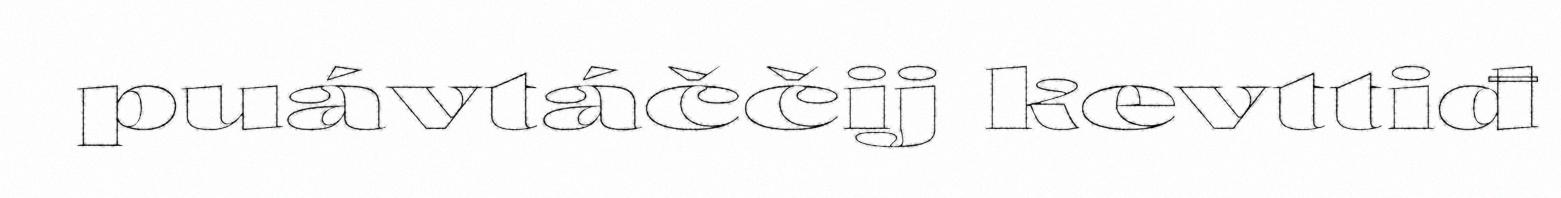
puávtáččij kevttiđ